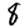
Digit: 8